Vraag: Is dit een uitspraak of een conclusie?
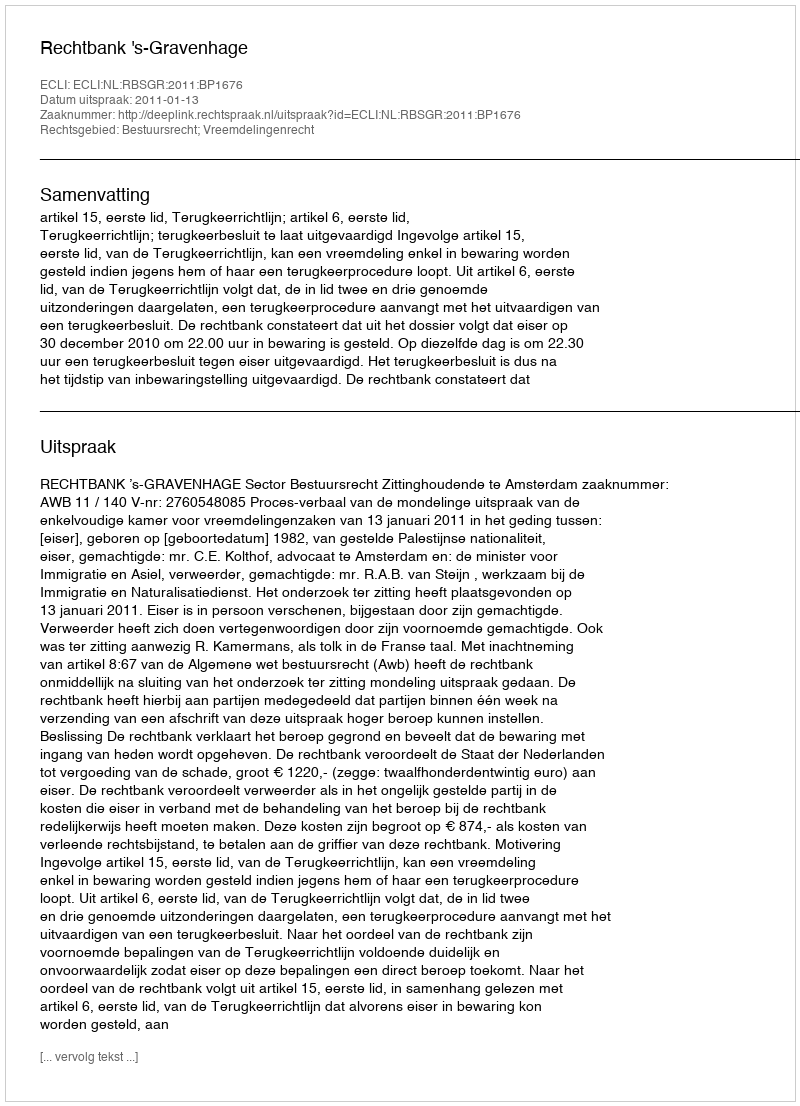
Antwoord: Uitspraak